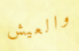
والعيش